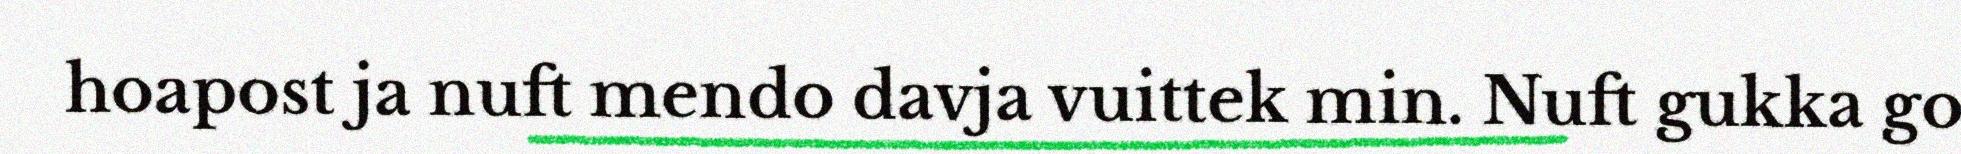
hoapost ja nuft mendo davja vuittek min. Nuft gukka go